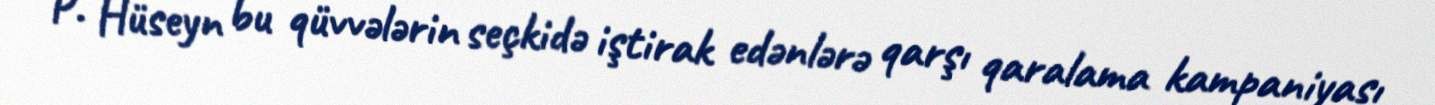
P. Hüseyn bu qüvvələrin seçkidə iştirak edənlərə qarşı qaralama kampaniyası